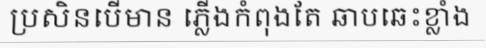
ប្រសិនបើមាន ភ្លើងកំពុងតែ ឆាបឆេះខ្លាំង